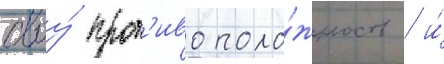
своу́ прот'ивополо́жность / и́